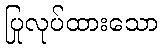
ပြုလုပ်ထားသော